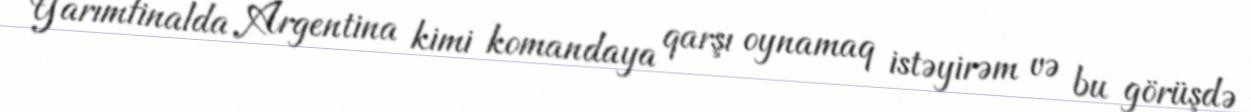
Yarımfinalda Argentina kimi komandaya qarşı oynamaq istəyirəm və bu görüşdə